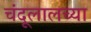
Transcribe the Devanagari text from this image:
चंदूलालच्या